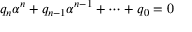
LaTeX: q _ { n } \alpha ^ { n } + q _ { n - 1 } \alpha ^ { n - 1 } + \cdots + q _ { 0 } = 0